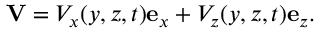
\mathbf { V } = V _ { x } ( y , z , t ) \mathbf { e } _ { x } + V _ { z } ( y , z , t ) \mathbf { e } _ { z } .